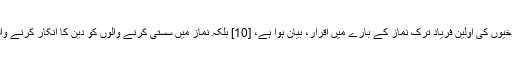
[9] دوسری طرف سے نہ فقط دوزخیوں کی اولین فریاد ترک نماز کے بارے میں اقرار، بیان ہوا ہے، [10] بلکہ نماز میں سستی کرنے والوں کو دین کا انکار کرنے والوں کے صف میں لا کھڑا کیا ہے۔